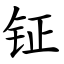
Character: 钲